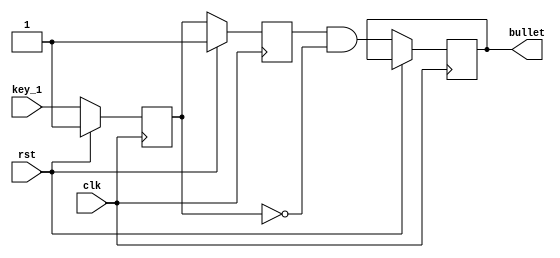
module bullet
(
	input clk,
	input rst,
	input key_1,
	output reg bullet
);

reg key_r;
reg key_rr;

always @(posedge clk)
begin
	if (rst)
	begin
		key_r  <= 1;
		key_rr <= 1;
	end
	else
	begin
		key_r  <= key_1;
		key_rr <= key_r;
		bullet <= key_rr & ~key_r;
	end
end

endmodule